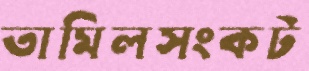
তামিলসংকট